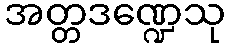
အတ္တဒဏ္ဍေသု